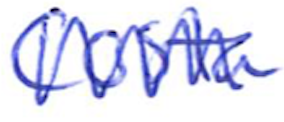
Text: Costa
Cross-out: mix
Writing tool: ballpoint